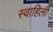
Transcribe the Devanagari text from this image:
स्‍वाहिली